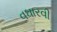
વઘારવી